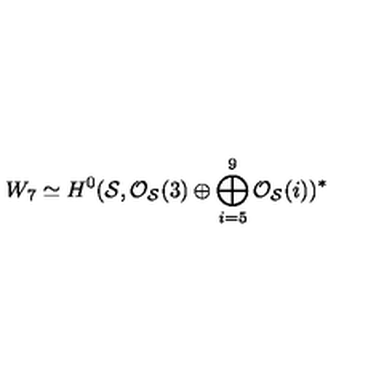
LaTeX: W _ { 7 } \simeq H ^ { 0 } ( { \cal S } , { \cal O } _ { \cal S } ( 3 ) \oplus \bigoplus _ { i = 5 } ^ { 9 } { \cal O } _ { \cal S } ( i ) ) ^ { * }